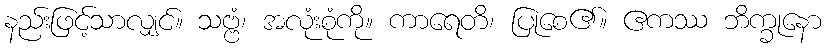
နည်းဖြင့်သာလျှင်။ သဗ္ဗံ၊ အလုံးစုံကို။ ကာရေတိ၊ ပြုစေ၏။ ဧကဿ ဘိက္ခုနော